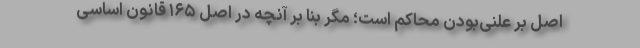
اصل بر علنی‌بودن محاکم است؛ مگر بنا بر آنچه در اصل ۱۶۵ قانون اساسی